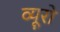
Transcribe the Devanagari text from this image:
व्‍यूरो